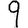
Digit: 9